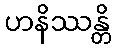
ဟနိဿန္တိ